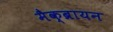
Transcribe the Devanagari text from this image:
मैक्ब्रायन